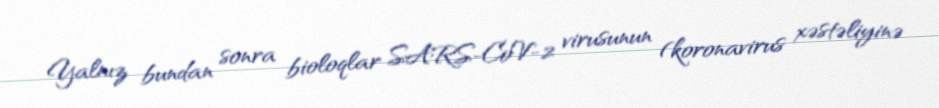
Yalnız bundan sonra bioloqlar SARS-CoV-2 virusunun (koronavirus xəstəliyinə